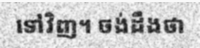
ទៅវិញ។ ចង់ដឹងថា